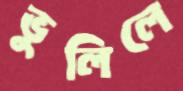
ভুলিলে